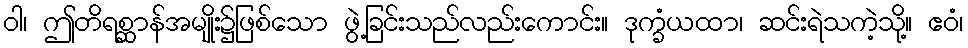
ဝါ၊ ဤတိရစ္ဆာန်အမျိုး၌ဖြစ်သော ဖွဲ့ခြင်းသည်လည်းကောင်း။ ဒုက္ခံယထာ၊ ဆင်းရဲသကဲ့သို့။ ဧဝံ၊